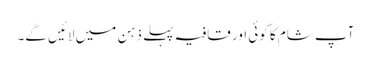
آپ شام کا کوئی اور قافیہ پہلے ذہن میں لائیں گے۔